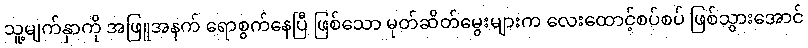
သူ့မျက်နှာကို အဖြူအနက် ရောစွက်နေပြီ ဖြစ်သော မုတ်ဆိတ်မွေးများက လေးထောင့်စပ်စပ် ဖြစ်သွားအောင်